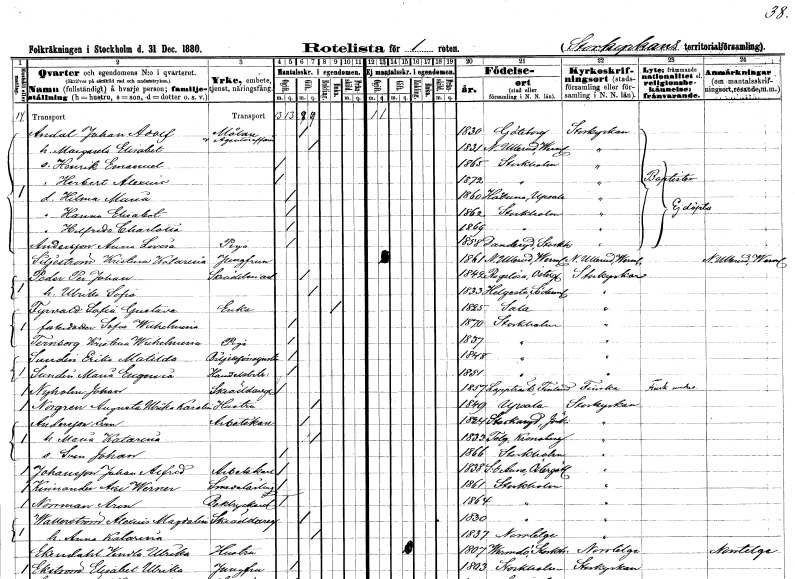
gt_parse: households: individuals: FN: Johan Adolf
EN: Andal
YRKE: Målare Agenturaffärshandlare
KON: M
CIV: G
FODAR: 1830
FODFORS: Göteborg Göteborgs- och Bohuslän
FN: Margareta Elisabet
KON: K
CIV: G
FODAR: 1831
FODFORS: Nedre Ullerud Värmlands län
FN: Henrik Emanuel
KON: M
CIV: O
FODAR: 1865
FODFORS: Stockholm
FN: Herbert Alexius
KON: M
CIV: O
FODAR: 1872
FODFORS: Stockholm
FN: Hilma Maria
KON: K
CIV: O
FODAR: 1860
FODFORS: Håtuna Stockholms län
FN: Hanna Elisabet
KON: K
CIV: O
FODAR: 1862
FODFORS: Stockholm
FN: Helfrida Charlotta
KON: K
CIV: O
FODAR: 1869
FODFORS: Stockholm
FN: Anna Lovisa
EN: Andersson
YRKE: Piga
KON: K
CIV: O
FODAR: 1858
FODFORS: Danderyd Stockholms län
FN: Kristina Katarina
EN: Siljeström
YRKE: Jungfru
KON: K
CIV: O
FODAR: 1861
FODFORS: Nedre Ullerud Värmlands län
FN: Per Johan
EN: Peder
YRKE: Skrädderiarbetare
KON: M
CIV: G
FODAR: 1842
FODFORS: Rogslösa Östergötlands län
FN: Ulrika Sofia
KON: K
CIV: G
FODAR: 1833
FODFORS: Helgesta Södermanlands län
FN: Sofia Gustava
EN: Fyrvald
YRKE: Änka
KON: K
CIV: E
FODAR: 1825
FODFORS: Sala Västmanlands län
FN: Sofia Wilhelmina
KON: K
CIV: O
FODAR: 1870
FODFORS: Stockholm
FN: Kristina Wilhelmina
EN: Ternberg
YRKE: Piga
KON: K
CIV: O
FODAR: 1837
FODFORS: Stockholm
FN: Erika Matilda
EN: Sundin
YRKE: Biljardförestånderska
KON: K
CIV: O
FODAR: 1848
FODFORS: Stockholm
FN: Maria Eugenia
EN: Sundin
YRKE: Handelsbiträde
KON: K
CIV: O
FODAR: 1851
FODFORS: Stockholm
FN: Johan
EN: Nyholm
YRKE: Skräddaregesäll
KON: M
CIV: O
FODAR: 1857
FN: Augusta Ulrika Karolina
EN: Norgren
YRKE: Hustru
KON: K
CIV: G
FODAR: 1849
FODFORS: Uppsala Uppsala län
FN: Sven
EN: Andersson
YRKE: Arbetskarl
KON: M
CIV: G
FODAR: 1824
FODFORS: Stockaryd Jönköpings län
FN: Maria Katarina
KON: K
CIV: G
FODAR: 1833
FODFORS: Tolg Kronobergs län
FN: Sven Johan
KON: M
CIV: O
FODAR: 1866
FODFORS: Stockholm
FN: Johan Alfred
EN: Johansson
YRKE: Arbetskarl
KON: M
CIV: O
FODAR: 1838
FODFORS: Sankt Anna Östergötlands län
FN: Axel Werner
EN: Kinnander
YRKE: Smedslärling
KON: M
CIV: O
FODAR: 1861
FODFORS: Stockholm
FN: Aron
EN: Norrman
YRKE: Boktryckerilärling
KON: M
CIV: O
FODAR: 1864
FODFORS: Stockholm